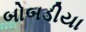
બોબડીયા